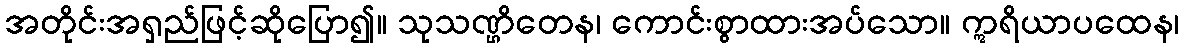
အတိုင်းအရှည်ဖြင့်ဆိုပြော၍။ သုသဏ္ဌိတေန၊ ကောင်းစွာထားအပ်သော။ ဣရိယာပထေန၊